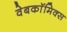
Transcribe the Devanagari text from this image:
वेबकाॅमिक्स